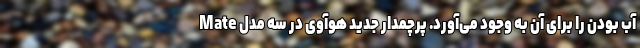
آب بودن را برای آن به وجود می‌آورد. پرچمدار جدید هوآوی در سه مدل Mate